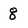
Character: 8